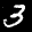
Label: 3